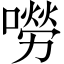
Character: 嘮